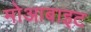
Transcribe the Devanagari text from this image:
मोआबाइट